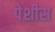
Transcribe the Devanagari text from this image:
पेशीस